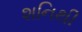
શનિથી